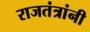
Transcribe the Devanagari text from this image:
राजतंत्रांनी